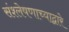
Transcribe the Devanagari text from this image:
संश्लेषणाच्याद्वारे